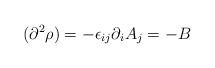
LaTeX: \begin{align*}(\partial^{2}\rho) = -\epsilon_{ij}\partial_{i}A_{j} = - B\end{align*}